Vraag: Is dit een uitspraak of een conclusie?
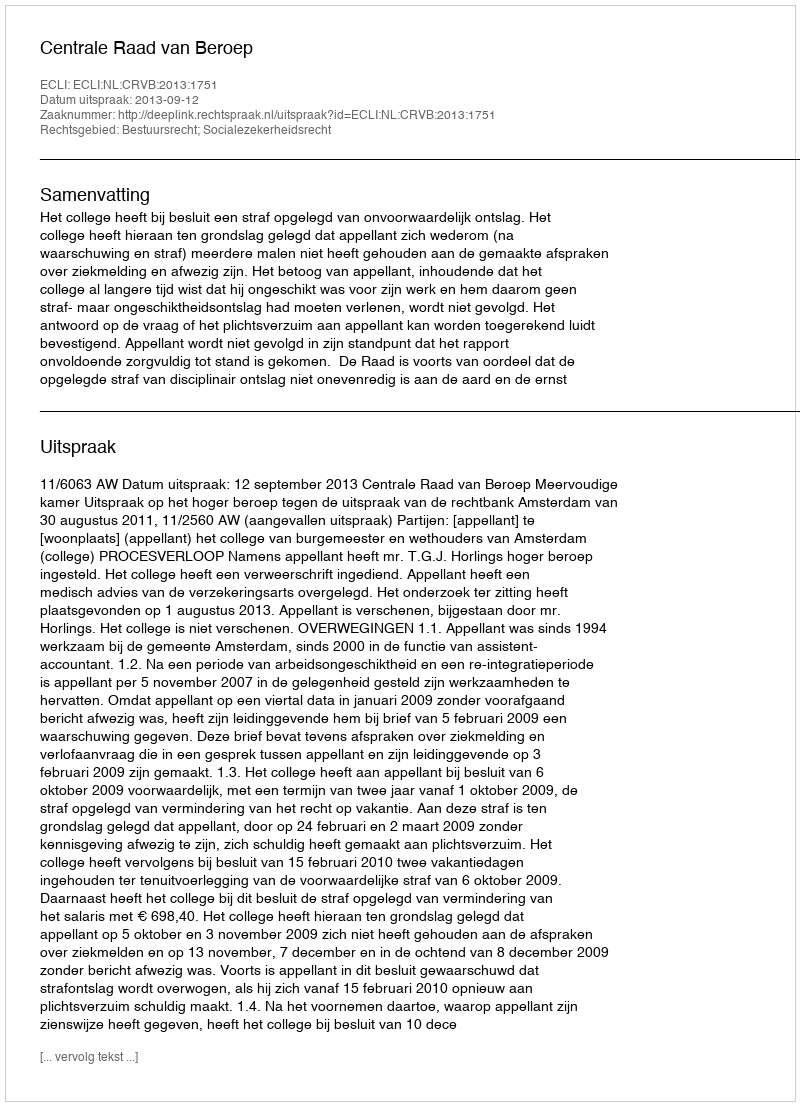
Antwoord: Uitspraak